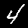
Label: 4